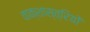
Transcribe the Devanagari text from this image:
वाक्शास्त्रियों